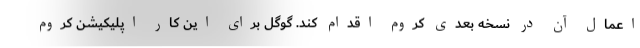
اعمال آن در نسخه بعدی کروم اقدام کند. گوگل برای این کار اپلیکیشن کروم